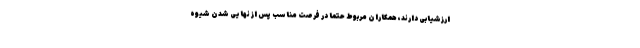
ارزشیابی دارند، همکاران مربوط حتما در فرصت مناسب پس از نهایی شدن شیوه